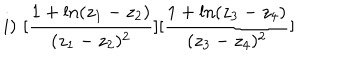
i ) \, \, [ \frac { 1 + \ln ( z _ { 1 } - z _ { 2 } ) } { ( z _ { 1 } - z _ { 2 } ) ^ { 2 } } ] [ \frac { 1 + \ln ( z _ { 3 } - z _ { 4 } ) } { ( z _ { 3 } - z _ { 4 } ) ^ { 2 } } ]